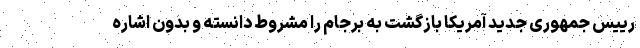
رییس جمهوری جدید آمریکا بازگشت به برجام را مشروط دانسته و بدون اشاره